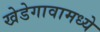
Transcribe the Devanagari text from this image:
खेडेगावामध्ये